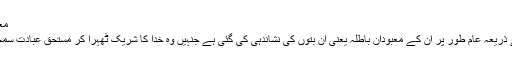
معبودانِ باطلہ
ان الفاظ کے ذریعہ عام طور پر ان کے معبودانِ باطلہ یعنی ان بتوں کی نشاندہی کی گئی ہے جنہیں وہ خدا کا شریک ٹھہرا کر مستحقِ عبادت سمجھتے تھے۔